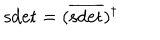
LaTeX: \mathrm { s d e t } = ( \overline { { { \mathrm { s d e t } } } } ) ^ { \dagger }